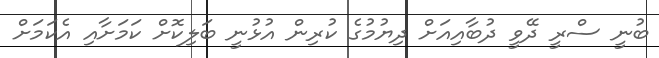
ބުނީ ސްރީ ދޭވީ ދުބާއިއަށް ދިޔުމުގެ ކުރިން އުޅުނީ ބަލިކޮށް ކަމަށާއި އެކަމަށް